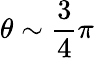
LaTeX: \theta\sim\frac{3}{4}\pi